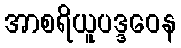
အာစရိယူပဒ္ဒဝေန